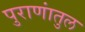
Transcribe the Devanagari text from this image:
पुराणांतुल